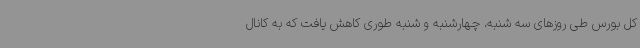
کل بورس طی روزهای سه شنبه، چهارشنبه و شنبه طوری کاهش یافت که به کانال